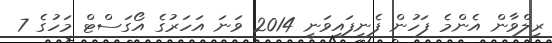
ރިލްވާން އެންމެ ފަހުން ފެނިފައިވަނީ 2014 ވަނަ އަހަރުގެ އޯގަސްޓް މަހުގެ 7